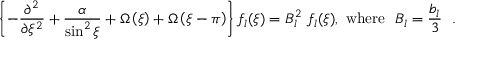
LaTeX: \left\{ - \frac { \partial ^ { 2 } } { \partial \xi ^ { 2 } } + \frac { \alpha } { \sin ^ { 2 } \xi } + \Omega \left( \xi \right) + \Omega \left( \xi - \pi \right) \right\} f _ { l } ( \xi ) = B _ { l } ^ { 2 } ~ f _ { l } ( \xi ) , ~ \mathrm { w h e r e } ~ ~ B _ { l } = \frac { b _ { l } } { 3 } ~ ~ .